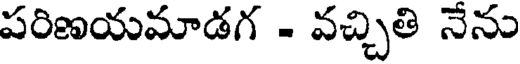
పరిణయమాడగ - వచ్చితి నేను